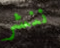
ننشر